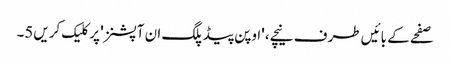
صفحے کے بائیں طرف نیچے، 'اوپن پیڈ پلگ ان آپشنز' پر کلیک کریں5۔